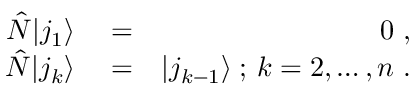
\begin{array} { r l r } { \hat { N } | j _ { 1 } \rangle } & { { } = } & { 0 \ , } \\ { \hat { N } | j _ { k } \rangle } & { { } = } & { | j _ { k - 1 } \rangle \; ; \, k = 2 , \ldots , n \ . } \end{array}